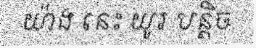
យ៉ាង នេះ យូរ បន្តិច